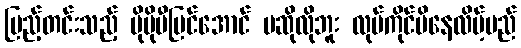
ပြည့်တင်းသည့် ပိုမိုပီပြင်အောင် မဆိုလိုဘူး လုပ်ကိုင်မိနေလိမ့်မည်